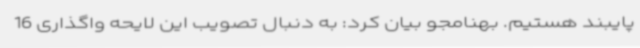
پایبند هستیم. بهنامجو بیان کرد: به دنبال تصویب این لایحه واگذاری 16